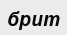
брит